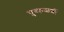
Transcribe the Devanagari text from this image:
पुष्कळशीं